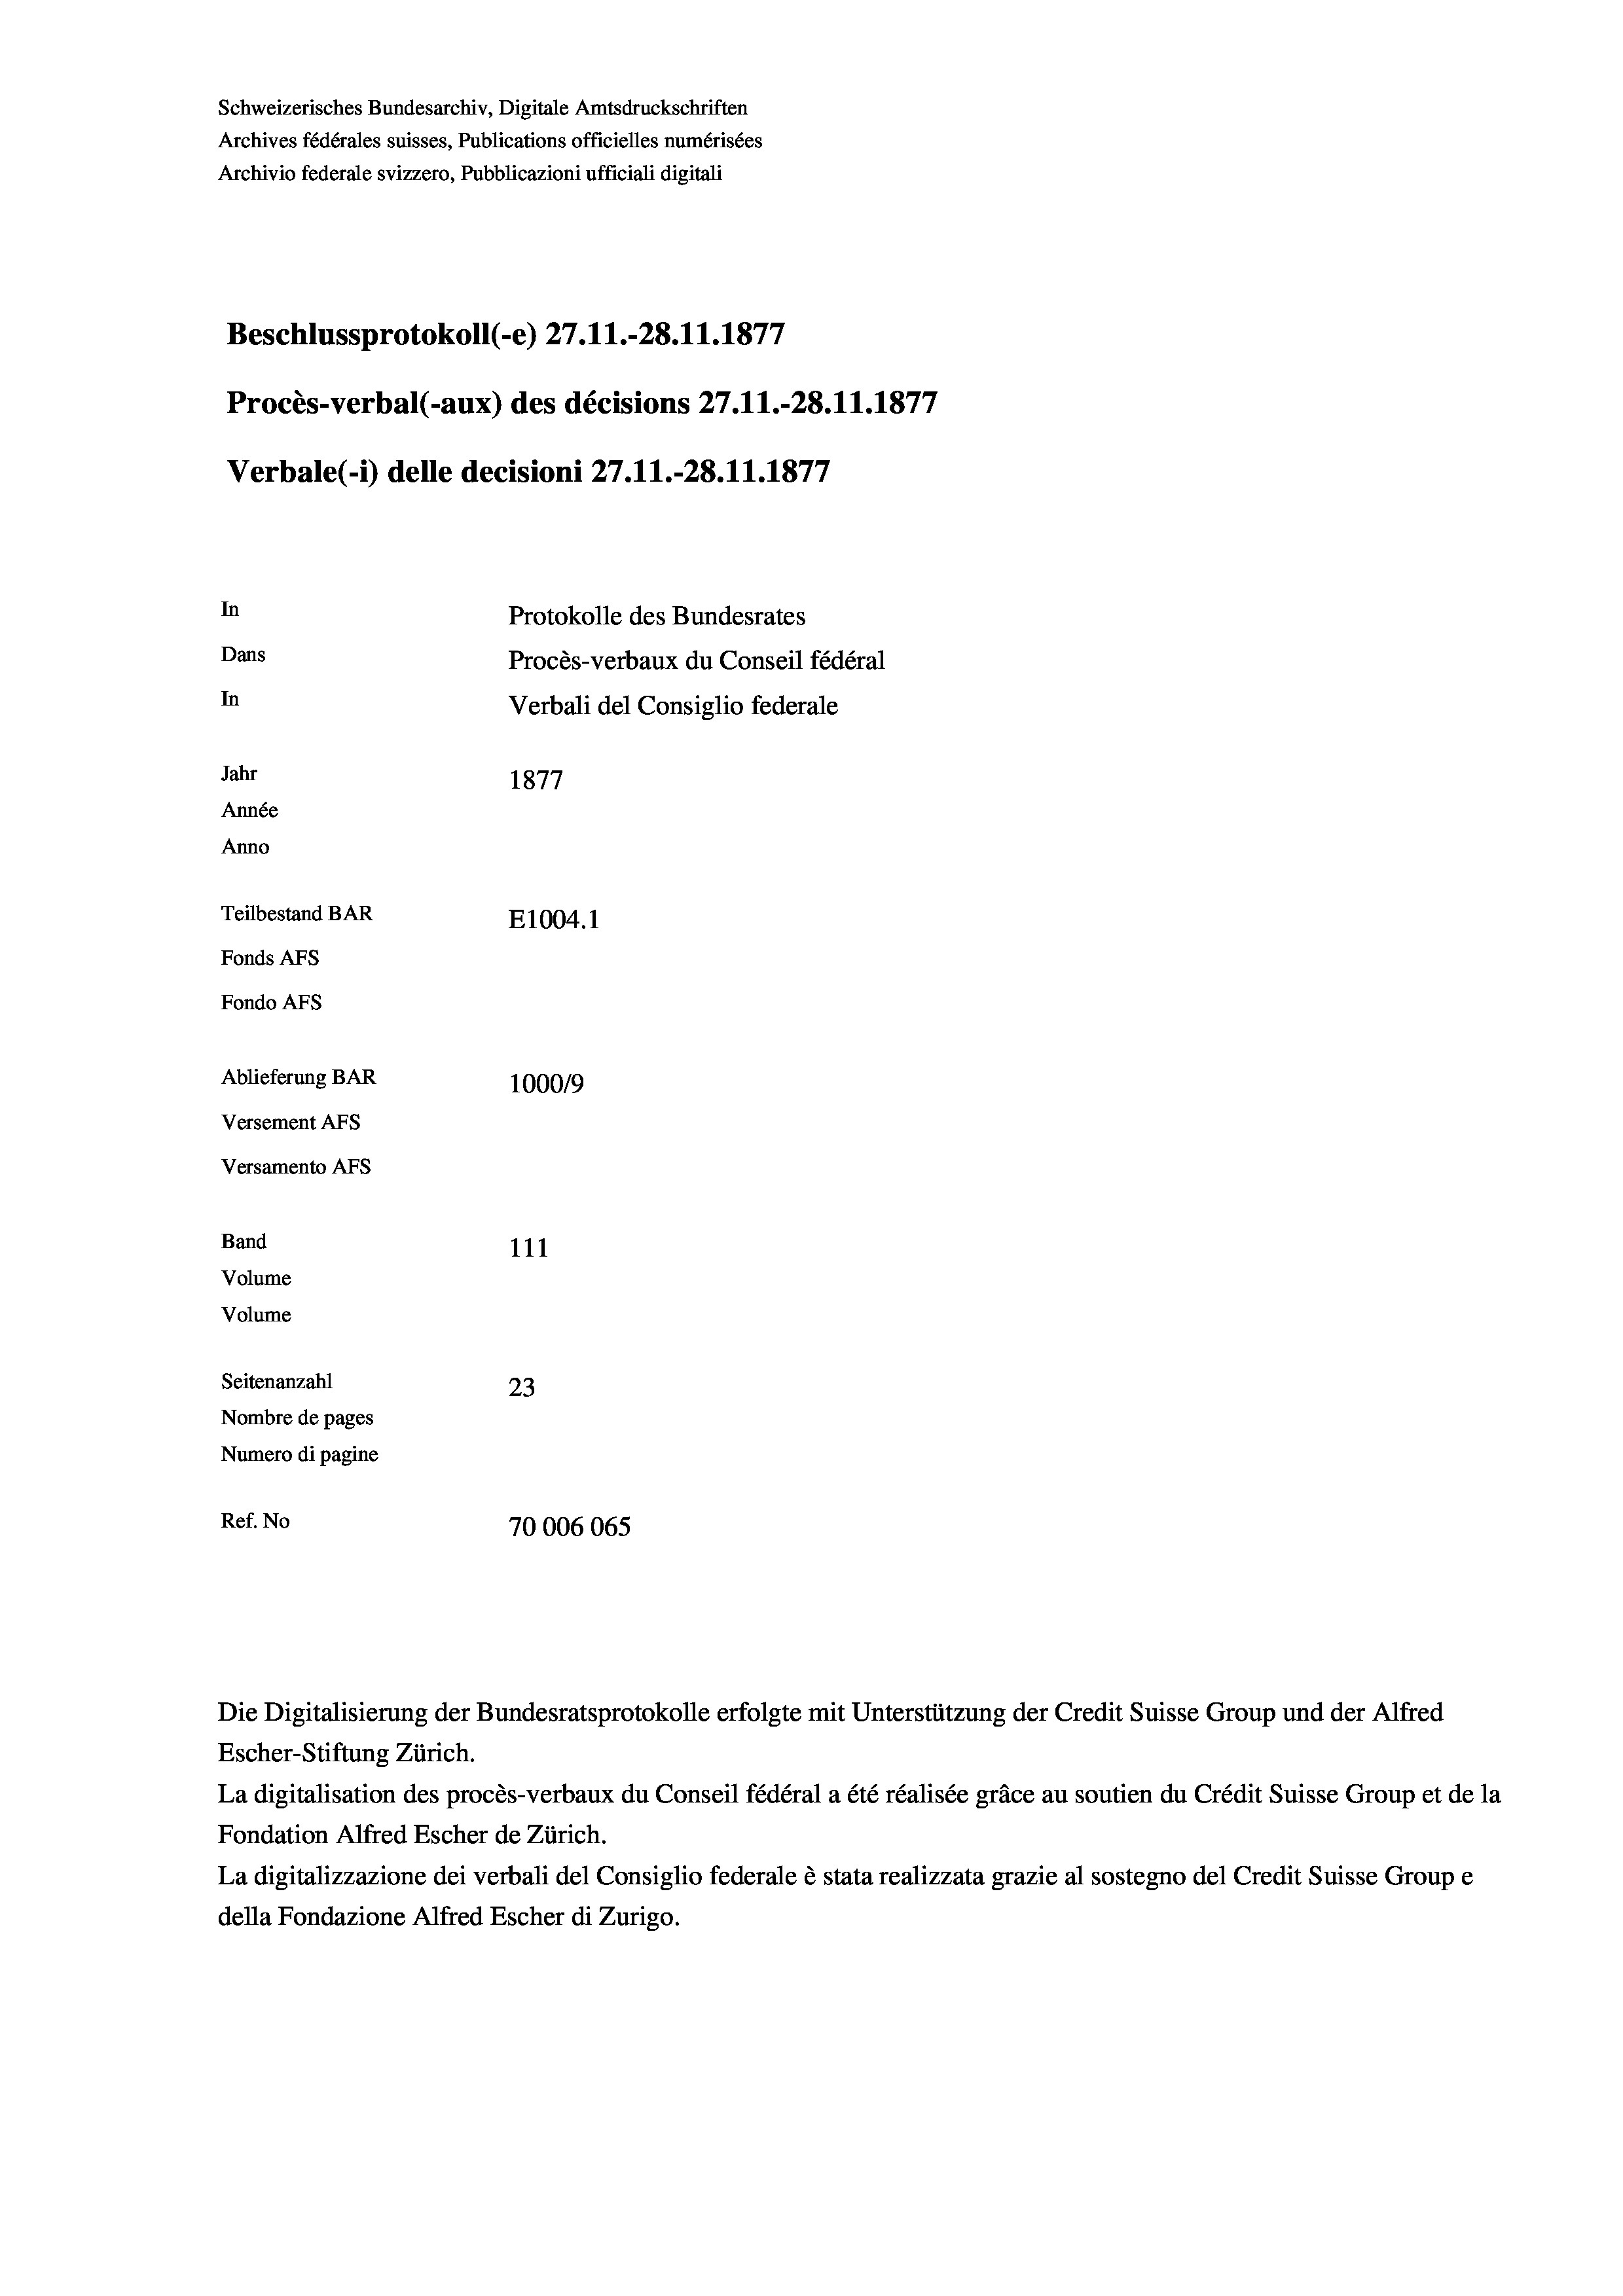
Schweizerisches Bundesarchiv, Digitale Amtsdruckschriften
Archives fédérales suisses, Publications officielles numérisées
Archivio federale svizzero, Pubblicazioni ufficiali digitali
Beschlussprotokoll (-e) 27.11.-28.11.1877
Procès-verbal (-aux) des décisions 27.11.-28.11.1877
Verbale(*) delle decisioni 27.11.-28.11.1877
In
Protokolle des Bundesrates
Dans
Procès-verbaux du Conseil fédéral
In
Verbali del Consiglio federale
Jahr
1877
Année
Anno
Teilbestand BAR
E1004. 1
Fonds Afs
Fondo AFs
Ablieferung BAR
100019
Versement As
Versamento Afs
Band
111
Volume
Volume

Seitenanzahl
23
Nombre de pages
Numero di pagine
Ref. No
70006065

Die Digitalisierung der Bundesratsprotokolle erfolgte mit Unterstützung der Credit Suisse Group und der Alfred
Escher-Stiftung Zürich.
La digitalisation des procès-verbaux du Conseil fédéral a été réalisée gräce au soutien du Crédit Suisse Group et de la
Fondation Alfred Escher de Zürich.
La digitalizzazione dei verbali del Consiglio federale è stata realizzata grazie al sostegno del Credit Suisse Groupe
della Fondazione Alfred Escher di Zurigo.